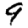
Digit: 9